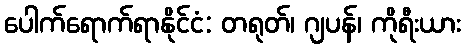
ပေါက်ရောက်ရာနိုင်ငံ: တရုတ်၊ ဂျပန်၊ ကိုရီးယား